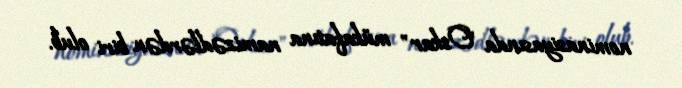
nominasiyasında "Oskar" mükafatına namizədlərdən biri olub.